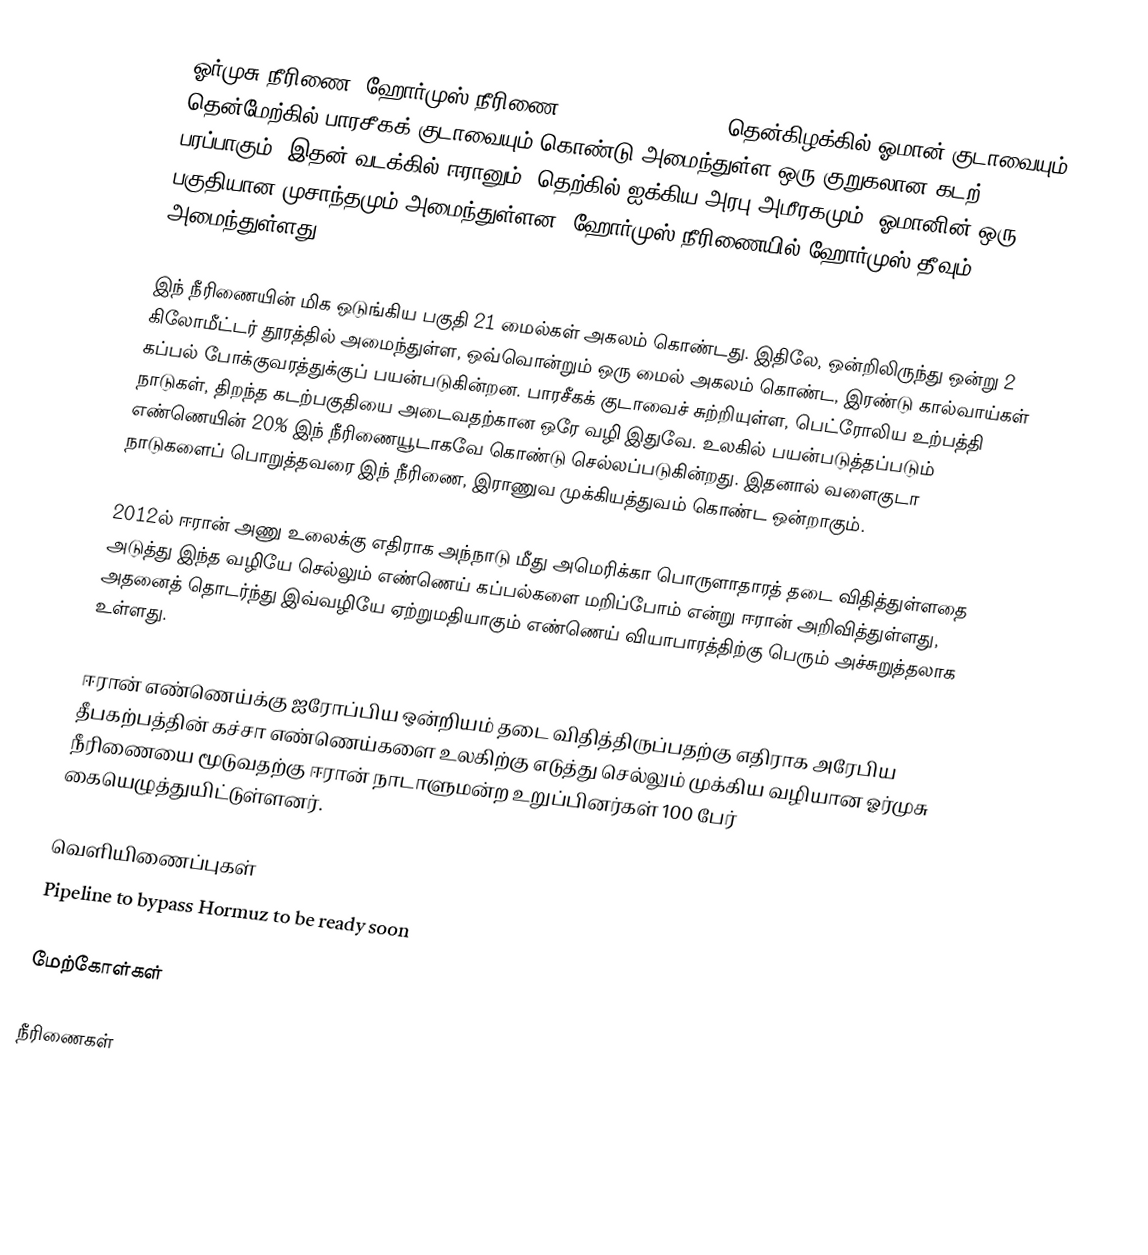
ஓர்முசு நீரிணை (ஹோர்முஸ் நீரிணை, Straits of Hormuz) தென்கிழக்கில் ஓமான் குடாவையும், தென்மேற்கில் பாரசீகக் குடாவையும் கொண்டு அமைந்துள்ள ஒரு குறுகலான கடற் பரப்பாகும். இதன் வடக்கில் ஈரானும், தெற்கில் ஐக்கிய அரபு அமீரகமும், ஓமானின் ஒரு பகுதியான முசாந்தமும் அமைந்துள்ளன. ஹோர்முஸ் நீரிணையில் ஹோர்முஸ் தீவும் அமைந்துள்ளது.

இந் நீரிணையின் மிக ஒடுங்கிய பகுதி 21 மைல்கள் அகலம் கொண்டது. இதிலே, ஒன்றிலிருந்து ஒன்று 2 கிலோமீட்டர் தூரத்தில் அமைந்துள்ள, ஒவ்வொன்றும் ஒரு மைல் அகலம் கொண்ட, இரண்டு கால்வாய்கள் கப்பல் போக்குவரத்துக்குப் பயன்படுகின்றன. பாரசீகக் குடாவைச் சுற்றியுள்ள, பெட்ரோலிய உற்பத்தி நாடுகள், திறந்த கடற்பகுதியை அடைவதற்கான ஒரே வழி இதுவே. உலகில் பயன்படுத்தப்படும் எண்ணெயின் 20% இந் நீரிணையூடாகவே கொண்டு செல்லப்படுகின்றது. இதனால் வளைகுடா நாடுகளைப் பொறுத்தவரை இந் நீரிணை, இராணுவ முக்கியத்துவம் கொண்ட ஒன்றாகும்.

2012ல் ஈரான் அணு உலைக்கு எதிராக அந்நாடு மீது அமெரிக்கா பொருளாதாரத் தடை விதித்துள்ளதை அடுத்து இந்த வழியே செல்லும் எண்ணெய் கப்பல்களை மறிப்போம் என்று ஈரான் அறிவித்துள்ளது, அதனைத் தொடர்ந்து இவ்வழியே ஏற்றுமதியாகும் எண்ணெய் வியாபாரத்திற்கு பெரும் அச்சுறுத்தலாக உள்ளது.

ஈரான் எண்ணெய்க்கு ஐரோப்பிய ஒன்றியம் தடை விதித்திருப்பதற்கு எதிராக அரேபிய தீபகற்பத்தின் கச்சா எண்ணெய்களை உலகிற்கு எடுத்து செல்லும் முக்கிய வழியான ஓர்முசு நீரிணையை மூடுவதற்கு ஈரான் நாடாளுமன்ற உறுப்பினர்கள் 100 பேர் கையெழுத்துயிட்டுள்ளனர்.

வெளியிணைப்புகள்
Pipeline to bypass Hormuz to be ready soon

மேற்கோள்கள்

நீரிணைகள்